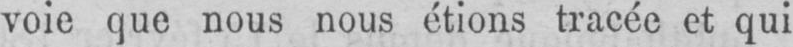
voie que nous nous étions tracée et qui